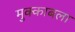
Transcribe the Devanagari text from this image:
मुक्काबला